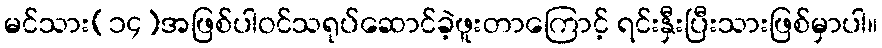
မင်သား(၁၄)အဖြစ်ပါဝင်သရုပ်ဆောင်ခဲ့ဖူးတာကြောင့် ရင်းနှီးပြီးသားဖြစ်မှာပါ။